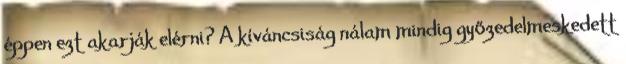
éppen ezt akarják elérni? A kíváncsiság nálam mindig győzedelmeskedett